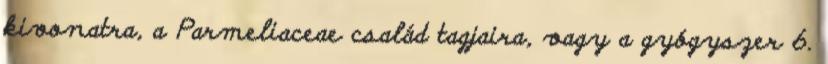
kivonatra, a Parmeliaceae család tagjaira, vagy a gyógyszer 6.